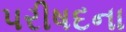
પરીષદના